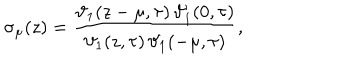
LaTeX: \sigma _ { \mu } ( z ) = \frac { \vartheta _ { 1 } ( z - \mu , \tau ) \, \vartheta _ { 1 } ^ { \prime } ( 0 , \tau ) } { \vartheta _ { 1 } ( z , \tau ) \, \vartheta _ { 1 } ( - \mu , \tau ) } ,